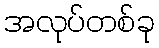
အလုပ်တစ်ခု